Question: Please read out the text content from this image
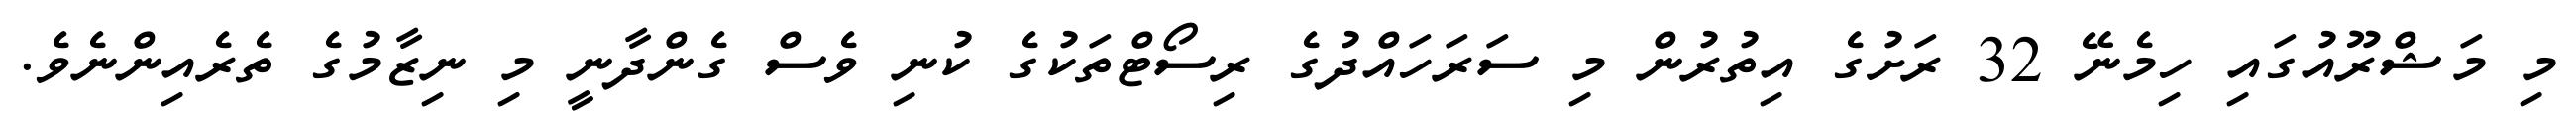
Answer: މި މަޝްރޫއުގައި ހިމެނޭ 32 ރަށުގެ އިތުރުން މި ސަރަހައްދުގެ ރިސޯޓްތަކުގެ ކުނި ވެސް ގެންދާނީ މި ނިޒާމުގެ ތެރެއިންނެވެ.